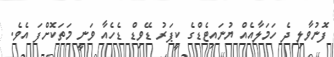
ފޮނުވާލި ދެ ހަމަލާއެއް ޔުނައިޓެޑްގެ ކީޕަރު ޑޭވިޑް ޑެހެއާ ވަނީ މަތަކޮށްފަ އެވެ.